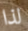
لذا